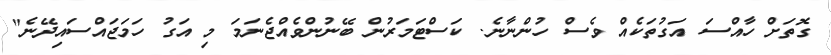
ގޮތަށް ހާއްސަ އަގުތަކެއް ވެސް ހުންނާނެ. ކަސްޓަމަރުން ބޭނުންވެއްޖެނަމަ މި އަގު ހަމަޖައްސައިދޭނެ"